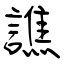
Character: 譙